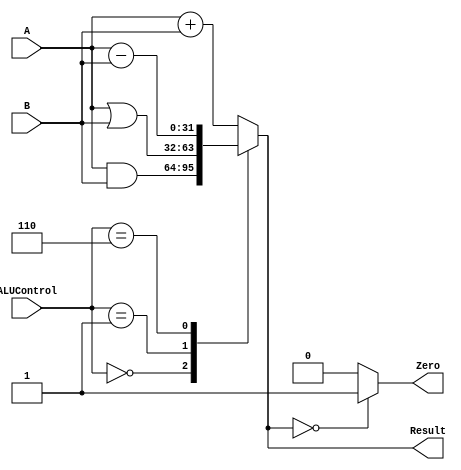
module ALU(
	input [31:0] A,
	input [31:0] B,
	input [3:0] ALUControl,
	output reg [31:0] Result,
	output Zero);

	always @(*)
	begin
		case (ALUControl)
			4'b0000 : Result = A & B; // and
			4'b0001 : Result = A | B; // or
			4'b0010 : Result = A + B; // add
			4'b0110 : Result = A - B; // sub
			default : Result = A + B;
		endcase
	end
	
	assign Zero = (Result == 0) ? 1 : 0;
	
endmodule